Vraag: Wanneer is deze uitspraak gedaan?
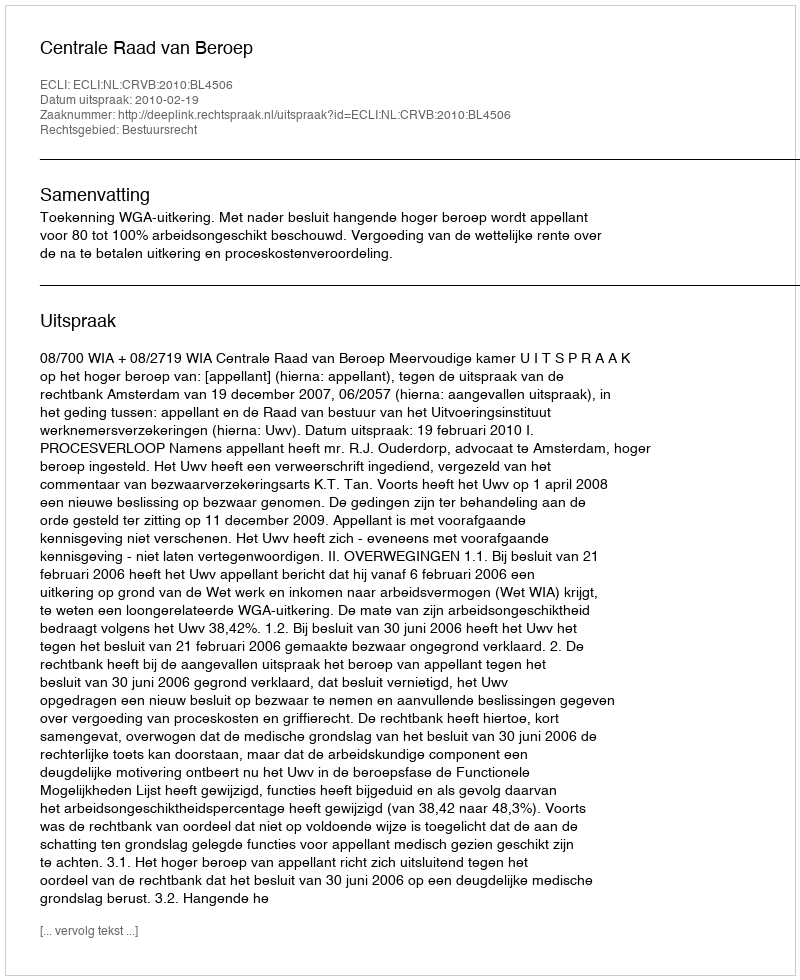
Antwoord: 2010-02-19